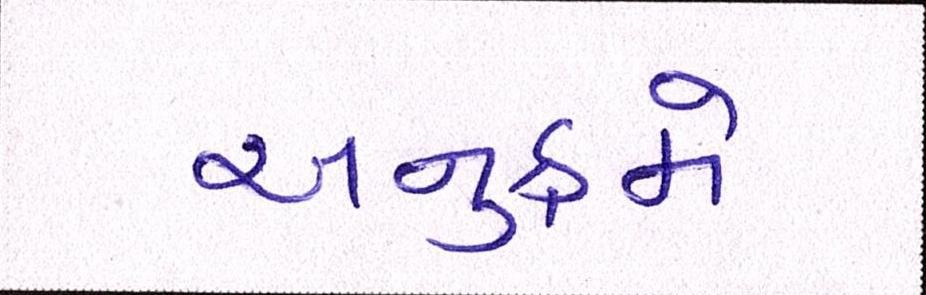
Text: અનુક્રમે